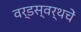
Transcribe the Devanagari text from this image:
वर्डस्वर्थचें